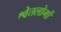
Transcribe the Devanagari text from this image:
श्वेतलोगों